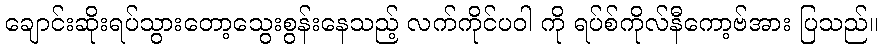
ချောင်းဆိုးရပ်သွားတော့သွေးစွန်းနေသည့် လက်ကိုင်ပဝါ ကို ရပ်စ်ကိုလ်နီကော့ဗ်အား ပြသည်။